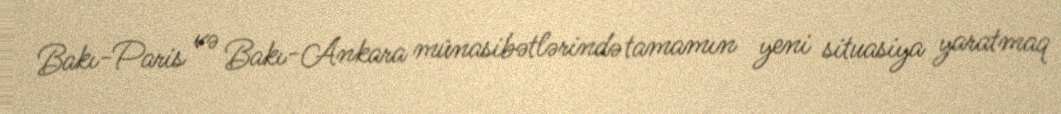
Bakı-Paris və Bakı-Ankara münasibətlərində tamamın yeni situasiya yaratmaq